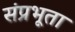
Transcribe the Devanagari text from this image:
संप्रभूता